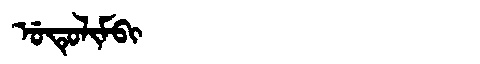
Manchu: ᡠᡨᡠᠯᡳᠮᠪᡳ
Romanization: UTULIMBI